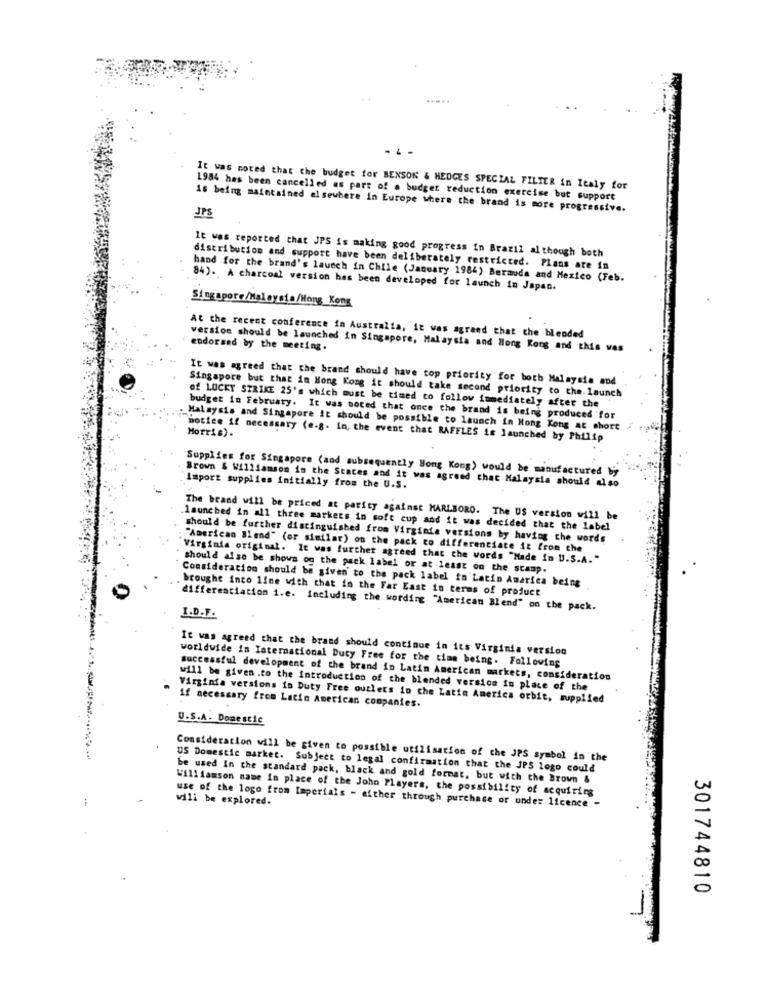
.....
It was noted that the budget for BENSON & HEDGES SPECIAL FILTER in Italy for
1984 has been cancelled as part of a budget reduction exercise but support
is being maintained elsewhere in Europe where the brand is more progressive.
JPS
It was reported that JPS is making good progress in Brazil al though both
distribution and support have been deliberately restricted. Plans are in
band for the brand's launch in Chile (January 1984) Bermuda and Mexico (Feb.
84). A charcoal version has been developed for launch in Japan.
Singapore/Malaysia/Hong Kong
At the recent conference in Australia, it was agreed that the blended
endorsed by the meeting.
version should be launched in Singapore, Malaysia and Hong Kong and this vas
It was agreed that the brand should have top priority for both Malaysia and
Singapore but that in Hong Kong it should take second priority to the. launch
of LUCKY STRIKE 25's which must be timed to follow immediately after the
budget in February. It was noted that once the brand is being produced for
Malaysis and Singapore it should be possible to launch in Hong Kong at short
Morris).
botiee if necessary (e.g. in, the event that RAFFLES is launched by Philip
Supplies for Singapore (and subsequently Hong Kong) would be manufactured by
Brown & Williamson in the States and it was agreed that Malaysia should also
Import supplies initially from the U.S.
The brand will be priced at parity against MARLBORO. The US version will be
launched in all three markets in soft cup and it was decided that the label
should be further distinguished from Virginia versions by having the words
"American Blend" (or similar) on the pack co differentiate it from the
Virginia original. It was further agreed that the words "Made in U.S.A."
should also be shows og the pack label or at least on the stamp.
Consideration should be given to the pack label to Latin America being
brought into line with that in the Far East in terms of product
differentiation i.e. Including the wording "American Blend" on the pack.
I.D.F.
It was agreed that the brand should continue in its Virginia version
worldwide in International Duty Free for the time being. Following
successful development of the brand in Latin American markets, consideration
will be given .to the introduction of the blended version in place of the
Virginia versions in Duty Free outlets in the Latin America orbit, supplied
if necessary from Latin American companies.
U.S.A. Domestic
Consideration will be given to possible utilisation of the JPS symbol in the
US Domestic market. Subject to legal confirmation that the JPS logo could
be used in the standard pack, black and gold format, but with the Brown &
Williamson name in place of the John Players, the possibility of acquiring
will be explored.
use of the logo from Imperials - either through purchase or under licence -
301744810